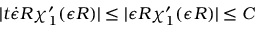
| t \dot { \epsilon } R \chi _ { 1 } ^ { \prime } ( \epsilon R ) | \le | \epsilon R \chi _ { 1 } ^ { \prime } ( \epsilon R ) | \le C